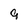
Character: 9